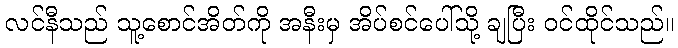
လင်နီသည် သူ့စောင်အိတ်ကို အနီးမှ အိပ်စင်ပေါ်သို့ ချပြီး ဝင်ထိုင်သည်။